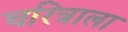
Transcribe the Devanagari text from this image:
चरित्राला